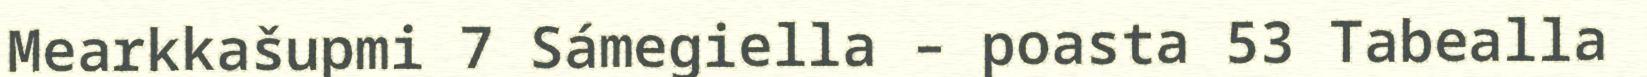
Mearkkašupmi 7 Sámegiella – poasta 53 Tabealla